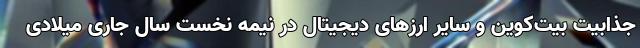
جذابیت بیت‌کوین و سایر ارزهای دیجیتال در نیمه نخست سال جاری میلادی